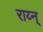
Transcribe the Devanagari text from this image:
राय्न्